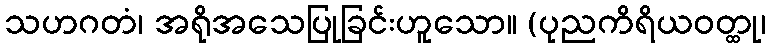
သဟဂတံ၊ အရိုအသေပြုခြင်းဟူသော။ (ပုညကိရိယဝတ္ထု၊